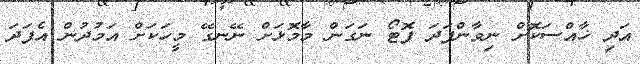
އަދި ޚާއްސަކޮށް ނިވާންފަދަ ފޮޓޯ ނަގަން މާމޮޅަށް ނޭނގޭ މީހަކަށް އަމުދުން އެފަދަ